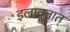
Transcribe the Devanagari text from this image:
इलावृतात्